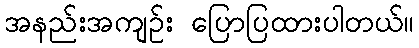
အနည်းအကျဉ်း ပြောပြထားပါတယ်။